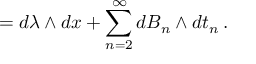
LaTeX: { \bf \Omega } = d \lambda \wedge d x + \sum _ { n = 2 } ^ { \infty } d B _ { n } \wedge d t _ { n } \, .